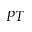
\cal P T